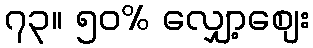
၇၃။ ၅၀% လျှော့စျေး